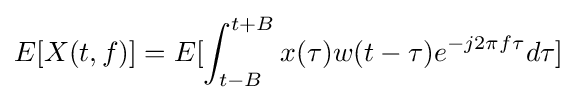
E[X(t,f)]=E[\int _{t-B}^{t+B}x(\tau )w(t-\tau )e^{-j2\pi f\tau }d\tau ]